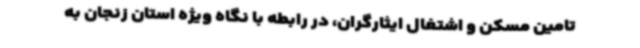
تامین مسکن و اشتغال ایثارگران، در رابطه با نگاه ویژه استان زنجان به